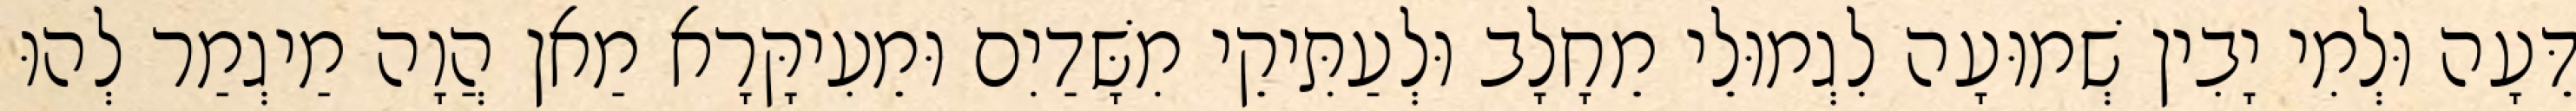
דֵּעָה וּלְמִי יָבִין שְׁמוּעָה לִגְמוּלֵי מֵחָלָב וּלְעַתִּיקֵי מִשָּׁדַיִם וּמֵעִיקָּרָא מַאן הֲוָה מַיגְמַר לְהוּ